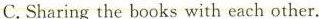
C.Sharing the books with each other.